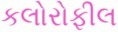
કલોરોફીલ